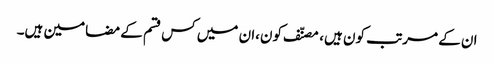
ان کے مرتب کون ہیں، مصنّف کون،ان میں کس قسم کے مضامین ہیں۔